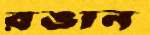
রঙান